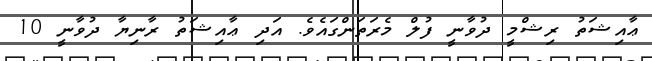
ޢާއިޝަތު ރިޝްމީ ދުވާނީ ފުލް މެރަތަންގައެވެ. އަދި ޢާއިޝަތު ރާނިޔާ ދުވާނީ 10